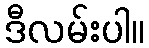
ဒီလမ်းပါ။